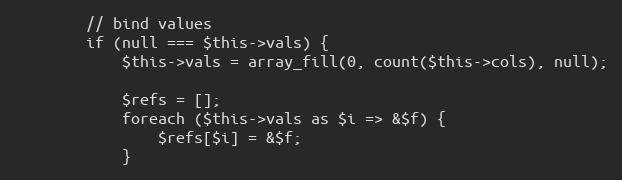
Language: PHP
        // bind values
        if (null === $this->vals) {
            $this->vals = array_fill(0, count($this->cols), null);

            $refs = [];
            foreach ($this->vals as $i => &$f) {
                $refs[$i] = &$f;
            }